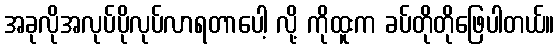
အခုလိုအလုပ်ပိုလုပ်လာရတာပေါ့ လို့ ကိုထူးက ခပ်တိုတိုဖြေပါတယ်။